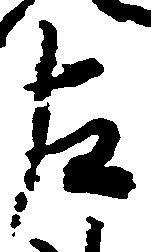
左